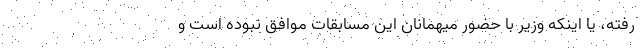
رفته، یا اینکه وزیر با حضور میهمانان این مسابقات موافق نبوده است و